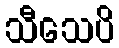
သီသေပိ